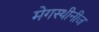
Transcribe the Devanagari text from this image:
मेगस्थीनीज